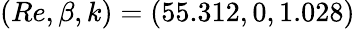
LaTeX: (Re,\beta,k)=(55.312,0,1.028)